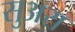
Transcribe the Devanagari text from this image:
सुअरा